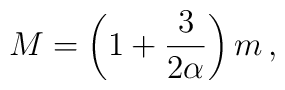
M = \left( 1 + \frac{3}{2\alpha} \right) m \, ,